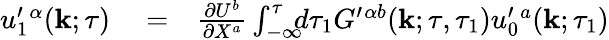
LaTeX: \begin{array}{rlr}{u_{1}^{\prime}{}^{\alpha}({\mathbf{k}};\tau)}&{{}=}&{\frac{\partial U^{b}}{\partial X^{a}}\int_{-\infty}^{\tau}\! \! \! d\tau_{1}G^{\prime}{}^{\alpha b}({\mathbf{k}};\tau,\tau_{1})u_{0}^{\prime}{}^{a}({\mathbf{k}};\tau_{1})}\end{array}